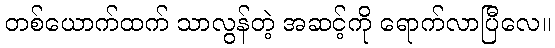
တစ်ယောက်ထက် သာလွန်တဲ့ အဆင့်ကို ရောက်လာပြီလေ။